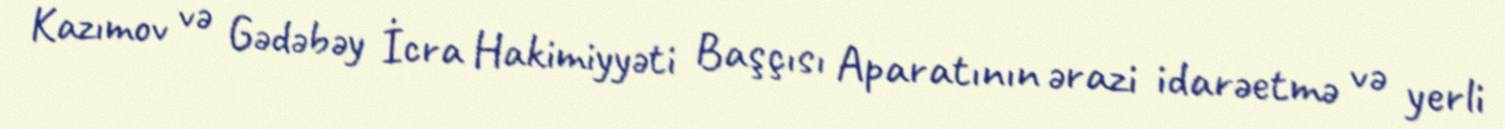
Kazımov və Gədəbəy İcra Hakimiyyəti Başçısı Aparatının ərazi idarəetmə və yerli